Leaving Certificate, 1900
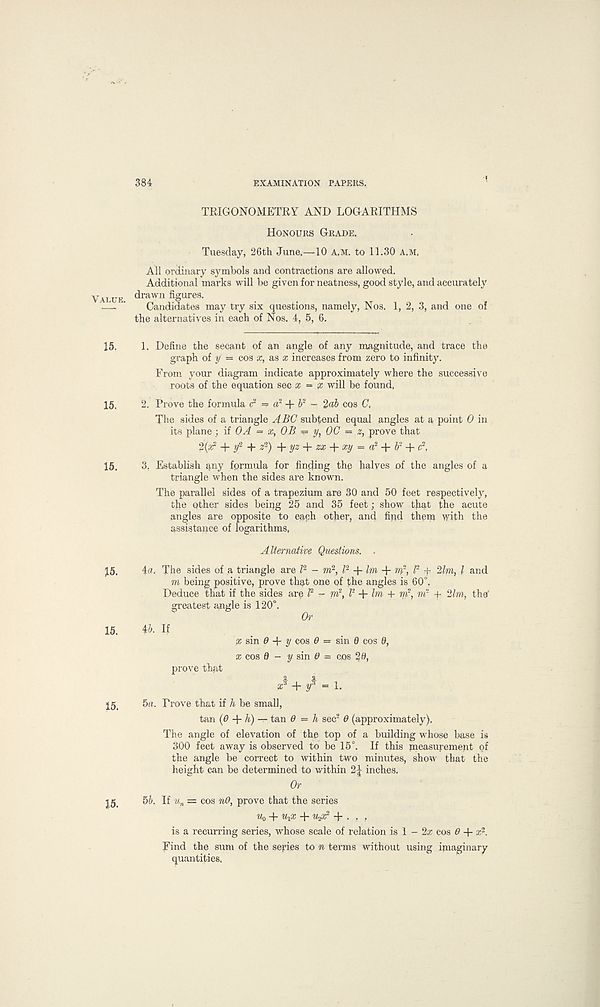
384
EXAMINATION PAPERS.
Value.
15.
15.
15.
15.
15.
15.
15.
TRIGONOMETRY AND LOGARITHMS
Honours Grade.
Tuesday, 26th June,—10 a,m. to 11.30 A.M,
All ordinary symbols and contractions are allowed.
Additional marks will be given for neatness, good style, and accurately
drawn figures.
Candidates may try six questions, namely, Nos. 1, 2, 3, and one of
the alternatives in each of Nos, 4, 5, 6.
1. Define the secant of an angle of any magnitude, and trace the
graph of y = cos x, as x increases from zero to infinity.
From your diagram indicate approximately where the successive
roots of the equation sec x - x will be found,
2. Prove the formula <? = a? + b 2 - 2ab cos C,
The sides of a triangle ABC subtend equal angles at a point 0 in
its plane; if OA = x, OB == y, 0C = z, prove that
+ */ 2 + * 2 ) + yz + zx + xy = a 2 + W + c 2 ,
3. Establish qny fprmula for finding the halyes of the angles of a
triangle when the sides are known.
The parallel sides of a trapezium are 30 and 50 feet respectively,
the other sides beir)g 25 and 35 feet; show that the acute
angles are opposite to each other, and firid them with the
assistance of logarithms,
A Iternative Questions. .
4a. The sides of a triangle are P - to 2 , l- + Im + w, l 2 + 2/to, / and
to being positive, prove that one of the angles is 60°.
Deduce that if the sides are f - to 2 , / 2 + /to + m 2 , ni 1 + 2lm, tbs'
greatest angle is 120°. Or
4b. If
£ sin 0 -f y cos 0 = sin 6 cos 0,
x cos d - y sin 0 = cos 20,
prove that
J + y* = 1.
5a. Prove that if h be small,
tan (0 + h) — tan 0 = h sec 2 0 (approximately).
The angle of elevation of the top of a building whose base is
300 feet away is observed to be 15°. If this measurement of
the angle be correct to within two minutes, show that the
height can be determined to within 2| inches.
Or
5b. If u n = cos nO, prove that the series
Uo -j- U^x + W2® 2 + • ■ •
is a recurring series, whose scale of relation is 1 - 2a; cos 0 + a; 2 .
Find the sum of the series to n terms without using imaginary
quantities.